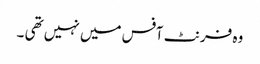
وہ فرنٹ آفس میں نہیں تھی ۔